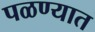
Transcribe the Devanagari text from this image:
पळण्यात